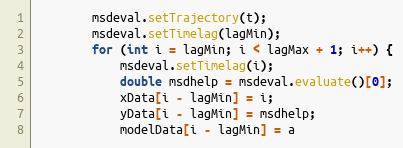
Language: Java
		msdeval.setTrajectory(t);
		msdeval.setTimelag(lagMin);
		for (int i = lagMin; i < lagMax + 1; i++) {
			msdeval.setTimelag(i);
			double msdhelp = msdeval.evaluate()[0];
			xData[i - lagMin] = i;
			yData[i - lagMin] = msdhelp;
			modelData[i - lagMin] = a